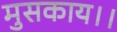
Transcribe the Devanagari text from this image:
मुसकाय।।